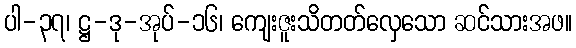
ပါ-၃၇၊ ဋ္ဌ-ဒု-အုပ်-၁၆၊ ကျေးဇူးသိတတ်လှေသော ဆင်သားအဖ။